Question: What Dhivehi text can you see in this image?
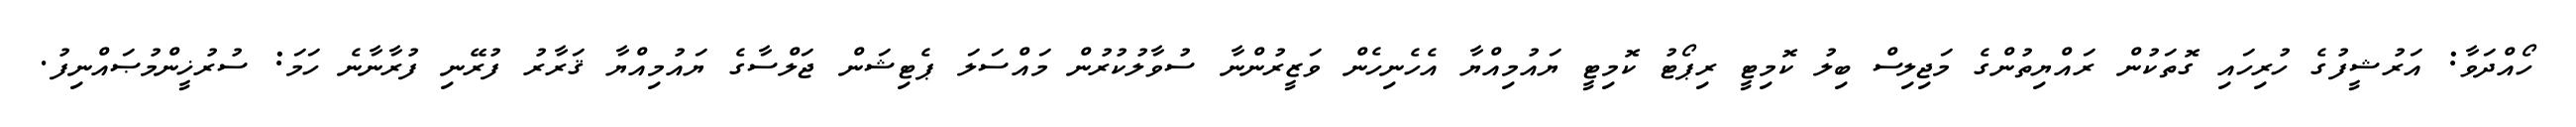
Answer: ހޯއްދަވާ: އަރުޝީފުގެ ހުރިހައި ގޮތަކުން ރައްޔިތުންގެ މަޖިލިސް ބިލު ކޮމިޓީ ރިޕޯޓު ކޮމިޓީ ޔައުމިއްޔާ އެހެނިހެން ވަޒީރުންނާ ސުވާލުކުރުން މައްސަލަ ޕެޓިޝަން ޖަލްސާގެ ޔައުމިއްޔާ ޤަރާރު ފުރޭނި ފުރާނާނެ ހަމަ: ސުރުޚީންމުޞައްނިފު.